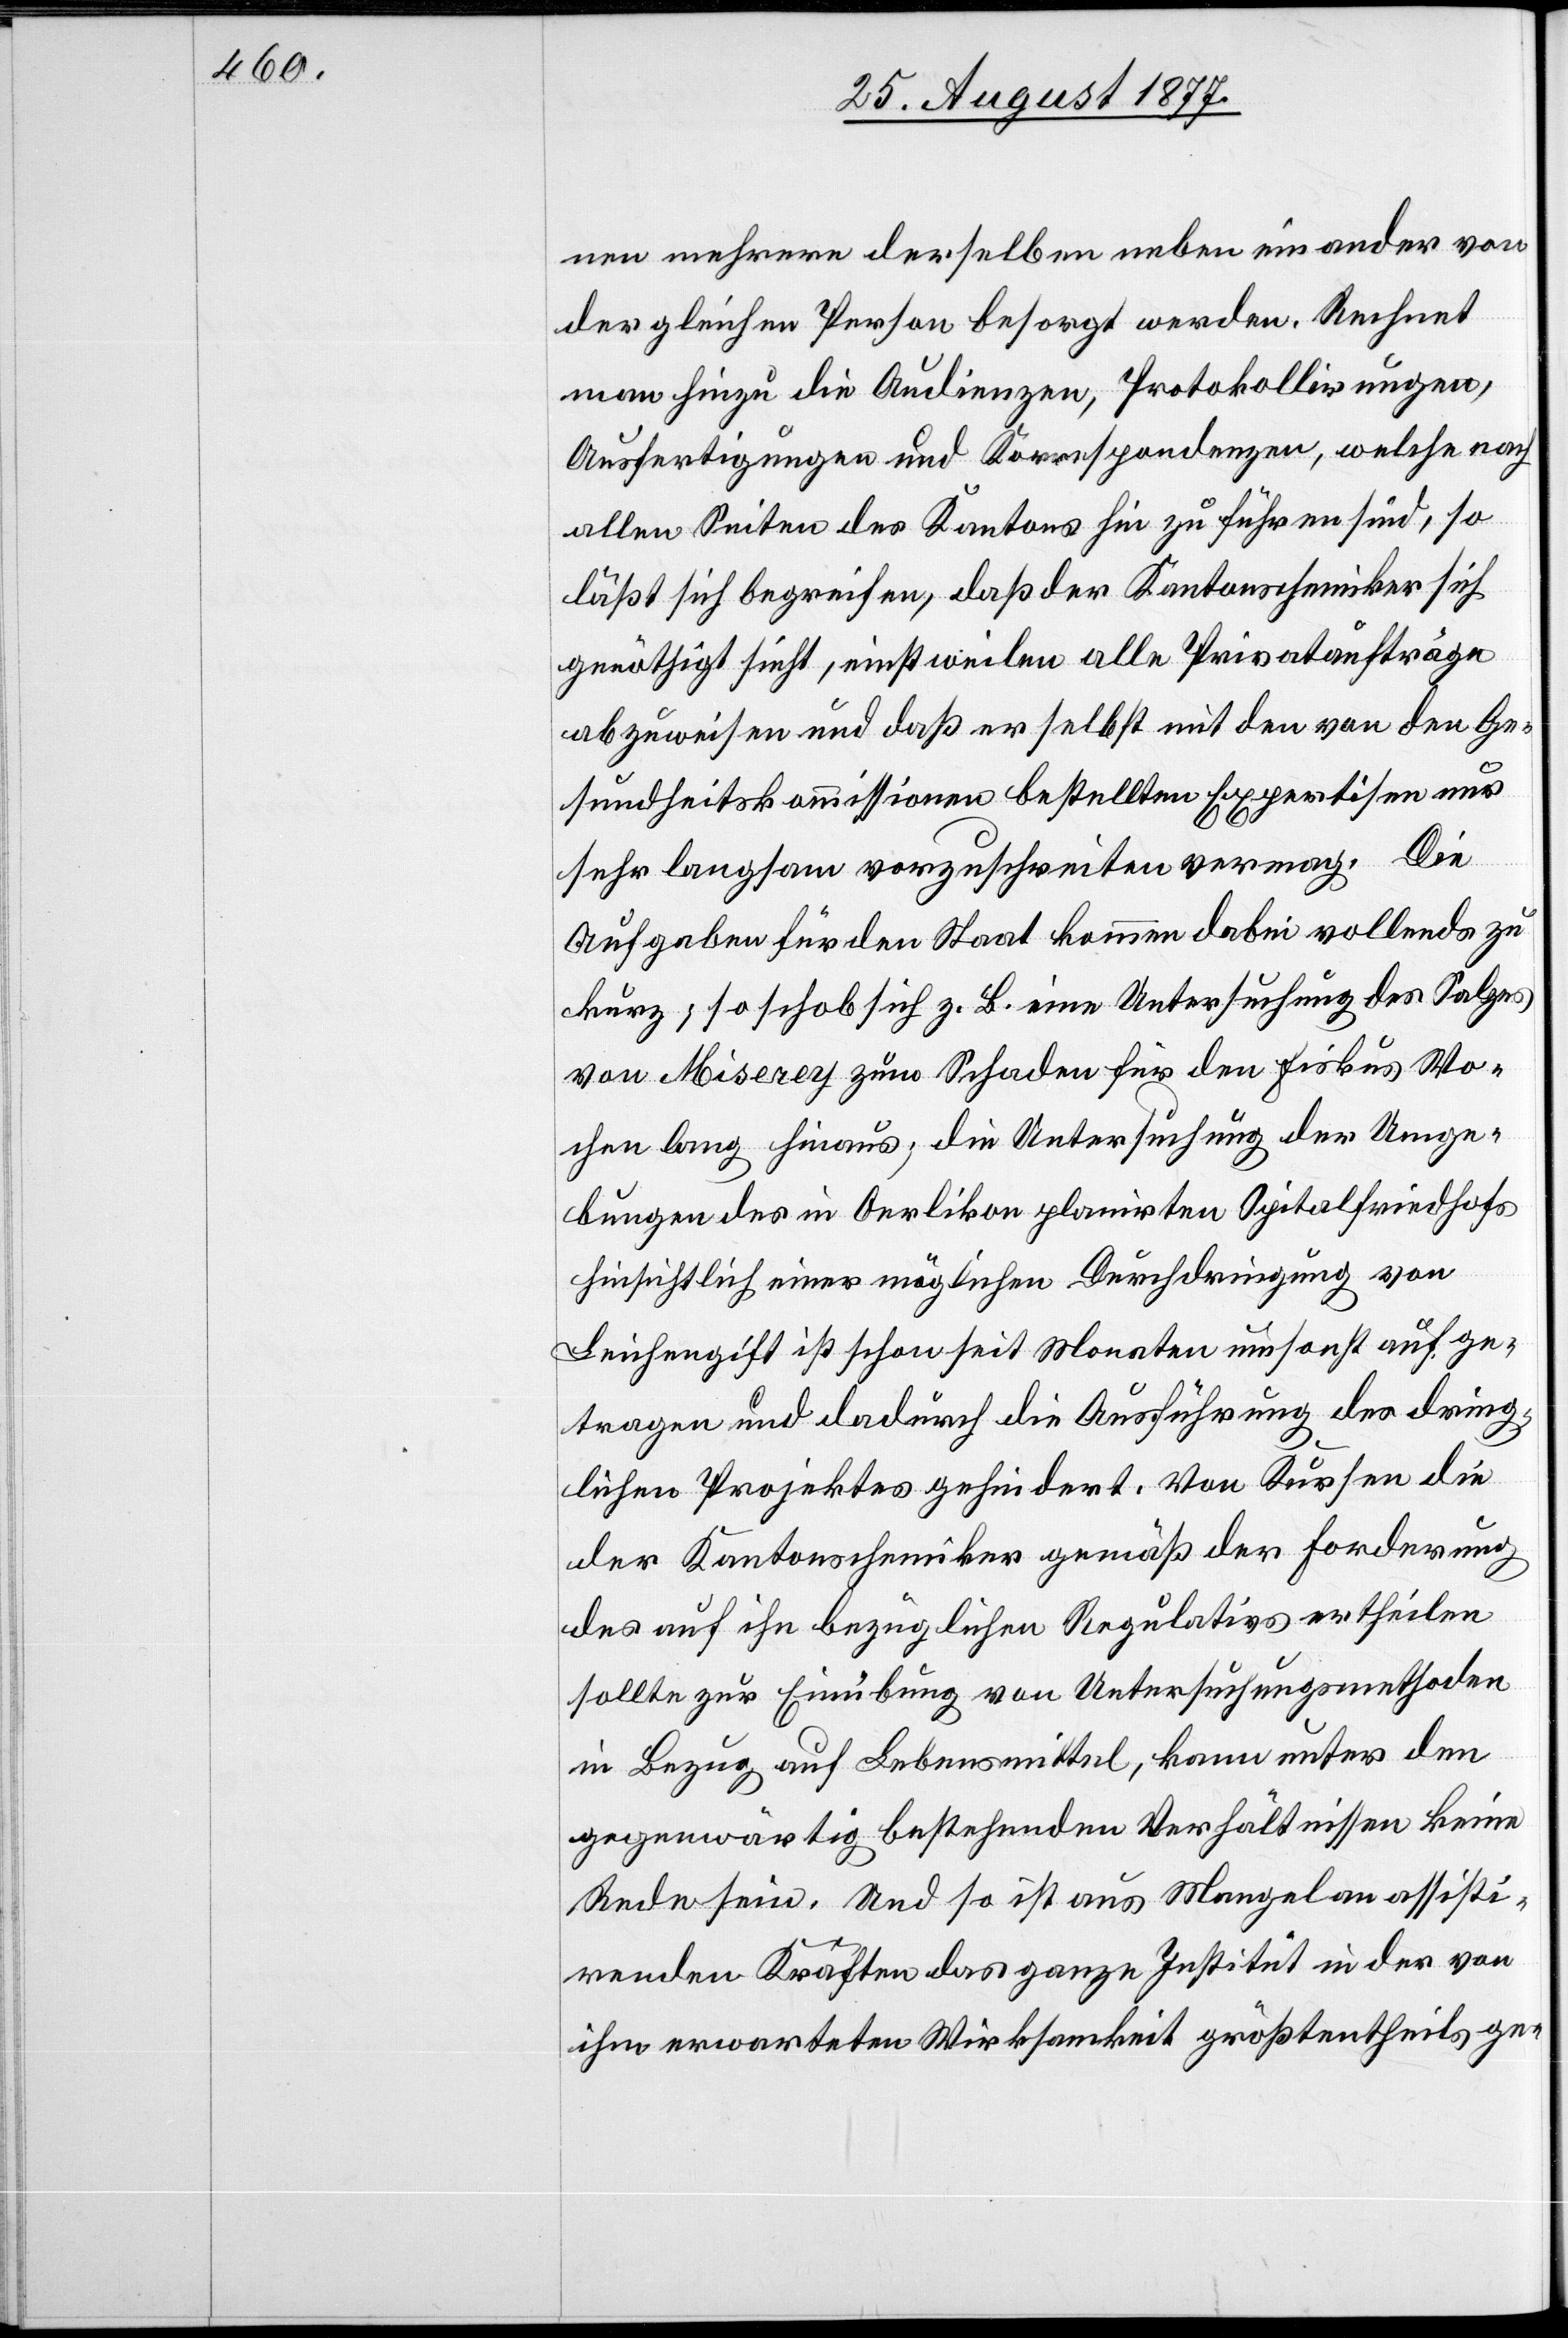
nen mehrere derselben neben einander von
der gleichen Person besorgt werden. Rechnet
man hinzu die Audienzen, Protokollirungen,
Ausfertigungen und Korrespondenzen, welche nach
allen Seiten des Kantons hin zu führen sind, so
läßt sich begreifen, daß der Kantonschemiker sich
genöthigt sieht, einstweilen alle Privataufträge
abzuweisen und daß er selbst mit den von den Ge¬
sundheitskommissionen bestellten Expertisen nur
sehr langsam vorzuschreiten vermag. Die
Aufgaben für den Staat kommen dabei vollends zu
kurz; so schob sich z. B. eine Untersuchung des Salzes
von Miserey zum Schaden für den Fiskus Wo¬
chen lang hinaus; die Untersuchung der Umge¬
bungen des in Oerlikon planirten Spitalfriedhofs
hinsichtlich einer möglichen Durchdringung von
Leichengift ist schon seit Monaten umsonst aufge¬
tragen und dadurch die Ausführung des dring¬
lichen Projektes gehindert. Von Kursen die
der Kantonschemiker gemäß der Forderung
des auf ihn bezüglichen Regulativs ertheilen
sollte zur Einübung von Untersuchungsmethoden
in Bezug auf Lebensmittel, kann unter den
gegenwärtig bestehenden Verhältnissen keine
Rede sein. Und so ist aus Mangel an assisti¬
renden Kräften das ganze Institut in der von
ihm erwarteten Wirksamkeit größtentheils ge-